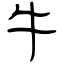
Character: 牛